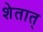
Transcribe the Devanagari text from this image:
शेतात्